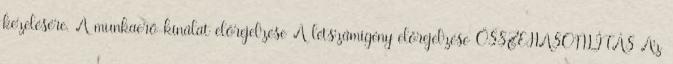
kezelésére. A munkaerő-kínálat előrejelzése A létszámigény előrejelzése ÖSSZEHASONLÍTÁS Az